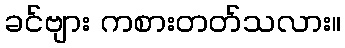
ခင်ဗျား ကစားတတ်သလား။